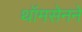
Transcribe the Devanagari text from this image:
थॉमसेनने